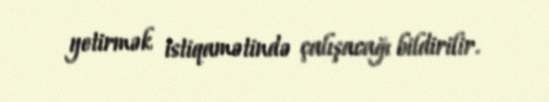
yetirmək istiqamətində çalışacağı bildirilir.